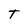
Character: T